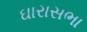
ઘારાસભા